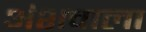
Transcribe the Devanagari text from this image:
अंशवाला